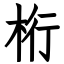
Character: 桁